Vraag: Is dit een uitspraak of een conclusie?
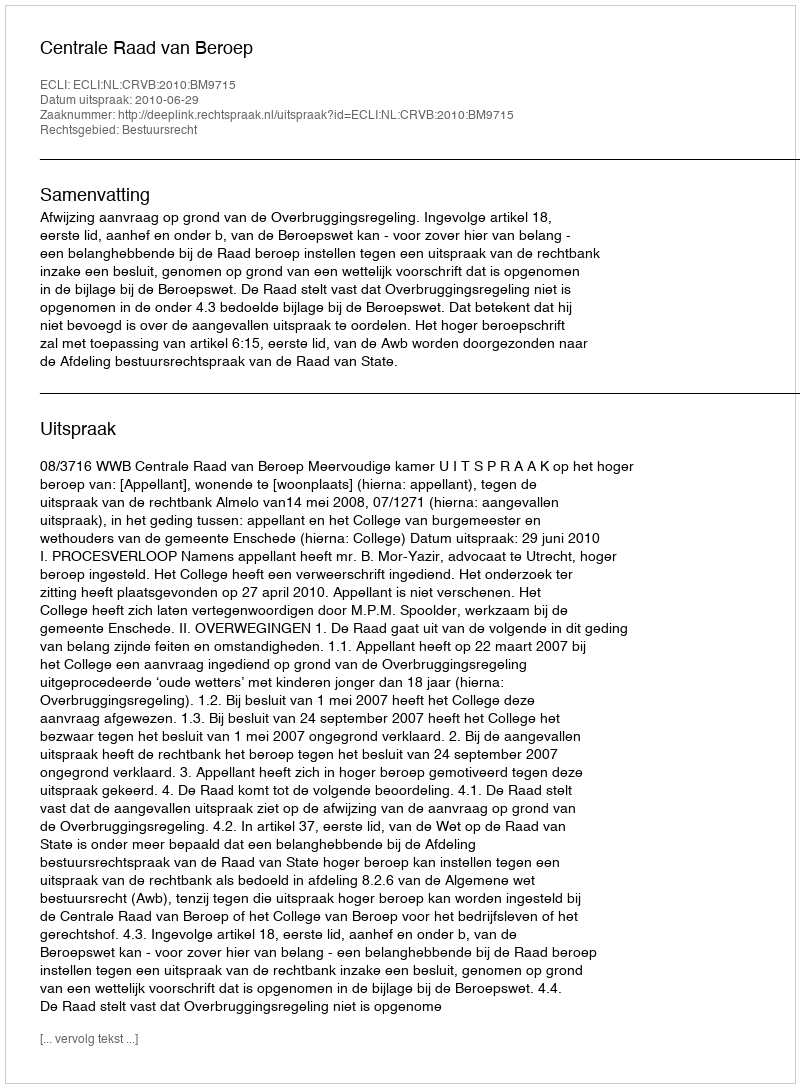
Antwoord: Uitspraak